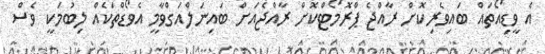
އެ ވީޑިއޯތައް ބައިވެރިކޮށް ރާއްޖެ ޕްރޮމޯޓްކޮށް ރާއްޖެއަށް ބައިނަލްއަގްވާމީ އެވޯޑްތަކެއް ލިބުމަކީ ވެސް